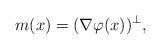
LaTeX: \begin{align*} m(x)=(\nabla\varphi(x))^\perp ,\end{align*}